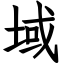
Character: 域